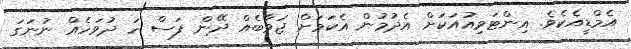
އެމްޑީއެކެވެ. އިންޓަވިއުއަކަށް އެދުމުން އެކަމަށް ޖަވާބެއް ދޭން ފަސް ހަ ދުވަހެއް ނުނަގަ